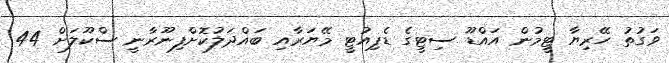
ވަގުތު ހޭރިޔާ ޓީމުން އައްޑޫ ސިޓީގެ ޑެޕިއުޓީ މޭޔަރާއި ބައްދަލުކޮށްފިނޫރާނީ ސްކޫލަށް 44